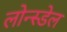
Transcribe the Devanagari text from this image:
लोन्स्डेल